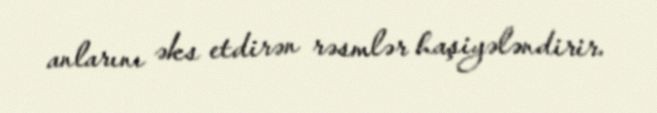
anlarını əks etdirən rəsmlər haşiyələndirir.